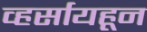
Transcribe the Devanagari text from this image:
व्हर्सायहून